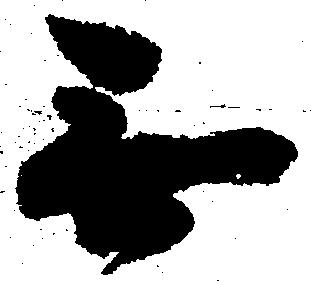
無